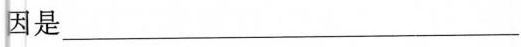
因是________________